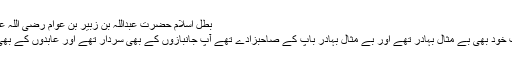
بطل اسلام حضرت عبداللہ بن زبیر بن عوام رضی اللہ عنہ​
آپ خود بھی بے مثال بہادر تھے اور بے مثال بہادر باپ کے صاحبزادے تھے آپ جانبازوں کے بھی سردار تھے اور عابدوں کے بھی ۔